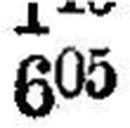
605